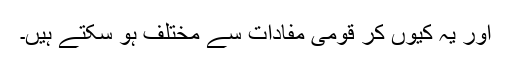
اور یہ کیوں کر قومی مفادات سے مختلف ہو سکتے ہیں۔